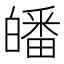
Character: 皤